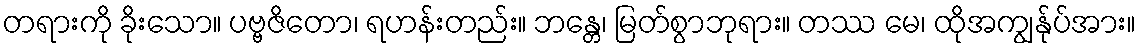
တရားကို ခိုးသော။ ပဗ္ဗဇိတော၊ ရဟန်းတည်း။ ဘန္တေ၊ မြတ်စွာဘုရား။ တဿ မေ၊ ထိုအကျွန်ုပ်အား။